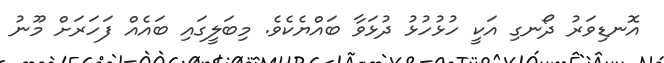
އޮނޑިވަރު ދޯނގި އަކީ ހުޅުހުޅު ދުޅަވާ ބައްޔެކެވެ. މިބަލީގައި ބައެއް ފަހަރަށް މޫނު